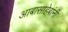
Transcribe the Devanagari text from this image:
आबासाहेबांनी